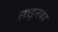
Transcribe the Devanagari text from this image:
लाइनका